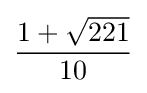
{\frac {1+{\sqrt {221}}}{10}}